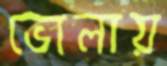
ভোলায়